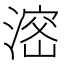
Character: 𣺑